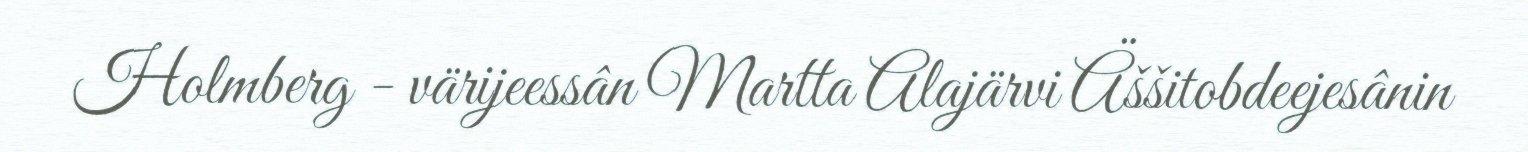
Holmberg - värijeessân Martta Alajärvi Äššitobdeejesânin